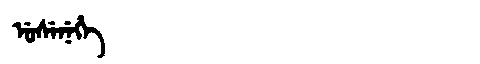
Manchu: ᡠᠰᡝᠨᡝᡥᡝ
Romanization: USENEHE